Medical and sanitary report of the native army of Bengal for the year
Year: 1878
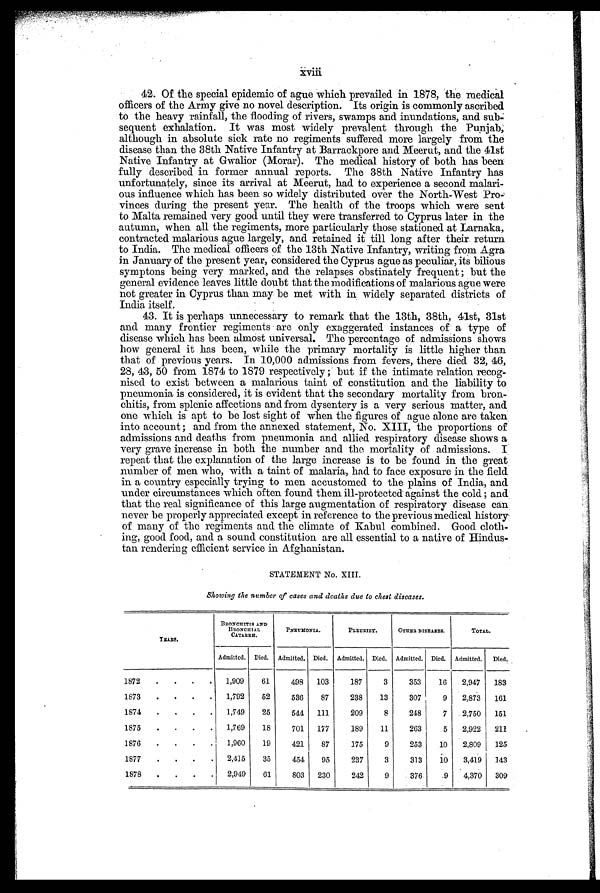
42. Of the special epidemic of ague which prevailed in 1878, the medical
officers of the Army give no novel description. Its origin is commonly ascribed
to the heavy rainfall, the flooding of rivers, swamps and inundations, and sub-
sequent exhalation. It was most widely prevalent through the Punjab,
although in absolute sick rate no regiments suffered more largely from the
disease than the 38th Native Infantry at Barrackpore and Meerut, and the 41st
Native Infantry at Gwalior (Morar). The medical history of both has been
fully described in former annual reports. The 38th Native Infantry has
unfortunately, since its arrival at Meerut, had to experience a second malari-
ous influence which has been so widely distributed over the North-West Pro-
vinces during the present year. The health of the troops which were sent
to Malta remained very good until they were transferred to Cyprus later in the
autumn, when all the regiments, more particularly those stationed at Larnaka,
contracted malarious ague largely, and retained it till long after their return
to India. The medical officers of the 13th Native Infantry, writing from Agra
in January of the present year, considered the Cyprus ague as peculiar, its bilious
symptons being very marked, and the relapses obstinately frequent; but the
general evidence leaves little doubt that the modifications of malarious ague were
not greater in Cyprus than may be met with in widely separated districts of
India itself.
43. It is perhaps unnecessary to remark that the 13th, 38th, 41st, 31st
and many frontier regiments are only exaggerated instances of a type of
disease which has been almost universal. The percentage of admissions shows
how general it has been, while the primary mortality is little higher than
that of previous years. In 10,000 admissions from fevers, there died 32, 46,
28, 43, 50 from 1874 to 1879 respectively; but if the intimate relation recog-
nised to exist between a malarious taint of constitution and the liability to
pneumonia is considered, it is evident that the secondary mortality from bron
chitis, from splenic affections and from dysentery is a very serious matter, and
one which is apt to be lost sight of when the figures of ague alone are taken
into account; and from the annexed statement, No. XIII, the proportions of
admissions and deaths from pneumonia and allied respiratory disease shows a
very grave increase in both the number and the mortality of admissions. I
repeat that the explanation of the large increase is to be found in the great
number of men who, with a taint of malaria, had to face exposure in the field
in a country especially trying to men accustomed to the plains of India, and
under circumstances which often found them ill-protected against the cold; and
that the real significance of this large augmentation of respiratory disease can
never be properly appreciated except in reference to the previous medical history
of many of the regiments and the climate of Kabul combined. Good cloth-
ing, good food, and a sound constitution are all essential to a native of Hindus-
tan rendering efficient service in Afghanistan.
STATEMENT No. XIII.
Showing the number of cases and deaths due to chest diseases.
YEARS.
BRONCHITIS AND
BRONCHIAL
CATARRH.
PNEMONIA.
PLEURISY.
OTHER DISEASES.
TOTAL.
Admitted. Died. Admitted. Died. Admitted. Died. Admitted. Died. Admitted.
Died.
1872
.
.
.
.
1,909
61
498
103
187
3
353
16
2,947
183
1873
.
.
.
.
1,792
52
536
87
238
13
307
9
2,873
161
1874
.
.
.
.
1,749
25
544
111
209
8
248
7
2,750
151
1875
.
.
.
.
1,769
18
701
177
189
11
263
5
2,922
211
1876
.
.
.
.
1,960
19
421
87
175
9
253
10
2,809
125
1877
. .
. .
2,415
35
454
95
237
3
313
10
3,419
143
1878
.
.
.
.
2,949
61
803
230
242
9
376
9
4,370
309